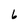
Character: 6